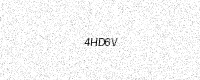
Text: 4HD6V